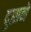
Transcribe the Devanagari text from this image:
दुष्टाने